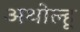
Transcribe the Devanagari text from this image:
अथोल्हू